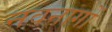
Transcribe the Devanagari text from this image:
नवनागों